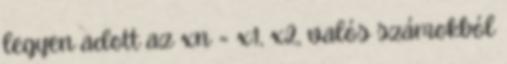
legyen adott az xn = x1, x2, valós számokból